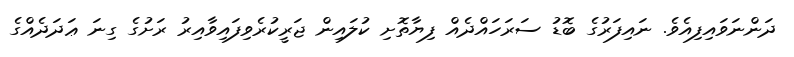
ދަންނަވައިފިއެވެ. ނައިފަރުގެ ބޮޑު ސަރަހައްދެއް ފިޔާތޮށި ކުލައިން ޖަރީކުރެވިފައިވާއިރު ރަށުގެ ގިނަ ޢަދަދެއްގެ